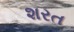
શરત